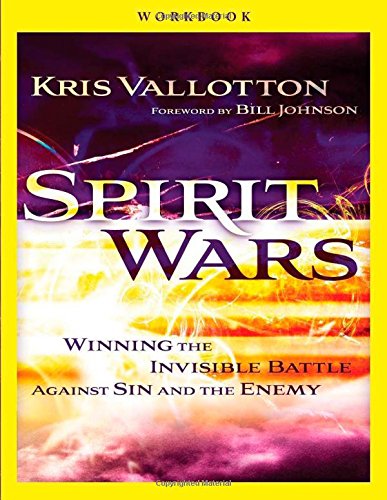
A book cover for Spirit Wars Workbook: Winning the Invisible Battle Against Sin and the Enemy; Kris Vallotton; Christian Books & Bibles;